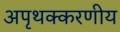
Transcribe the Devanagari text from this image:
अपृथक्करणीय